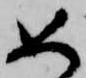
如